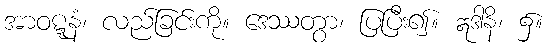
အာဝဋ္ဋနံ၊ လည်ခြင်းကို။ ဒေဿတွာ၊ ပြပြီး၍။ ဣဒါနိ၊ ၌။